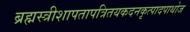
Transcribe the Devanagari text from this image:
ब्रह्मस्त्रीशापतापत्रितयकदनकृत्पादपाथोज